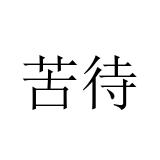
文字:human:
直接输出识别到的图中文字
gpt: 苦待